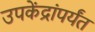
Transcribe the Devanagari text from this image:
उपकेंद्रांपर्यंत